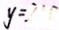
y = 2